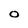
Character: 0